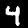
Label: 4